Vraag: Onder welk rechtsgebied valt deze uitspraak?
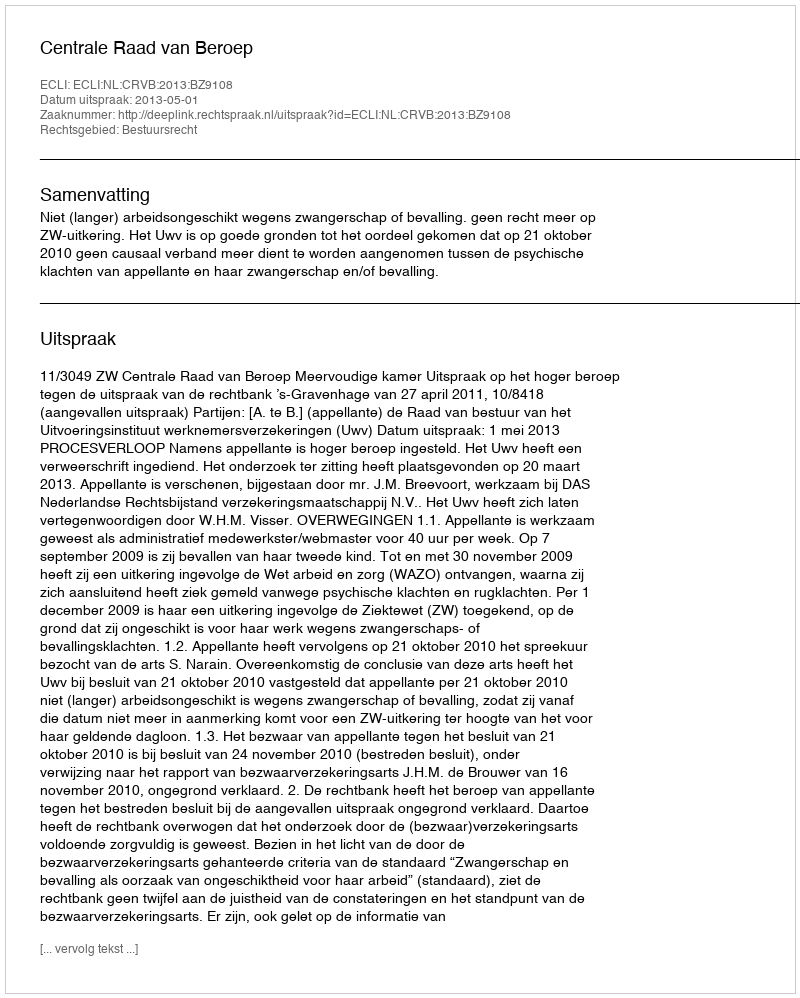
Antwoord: Bestuursrecht